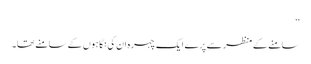
‘‘
سامنے کے منظر سے پرے ایک چہرہ ان کی نگاہوں کے سامنے تھا۔